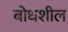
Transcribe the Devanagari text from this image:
बोधशील